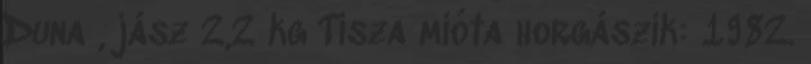
Duna , jász 2,2 kg Tisza mióta horgászik: 1982.